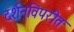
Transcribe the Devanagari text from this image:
दर्शनविपरीत